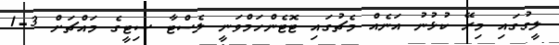
ލީގުގައި މިރޭ ކުޅުނު އަނެއް މެޗުގައި ޓޮޓެންހަމްވަނީ ލެސްޓާ ސިޓީގެ މައްޗަށް 3-1